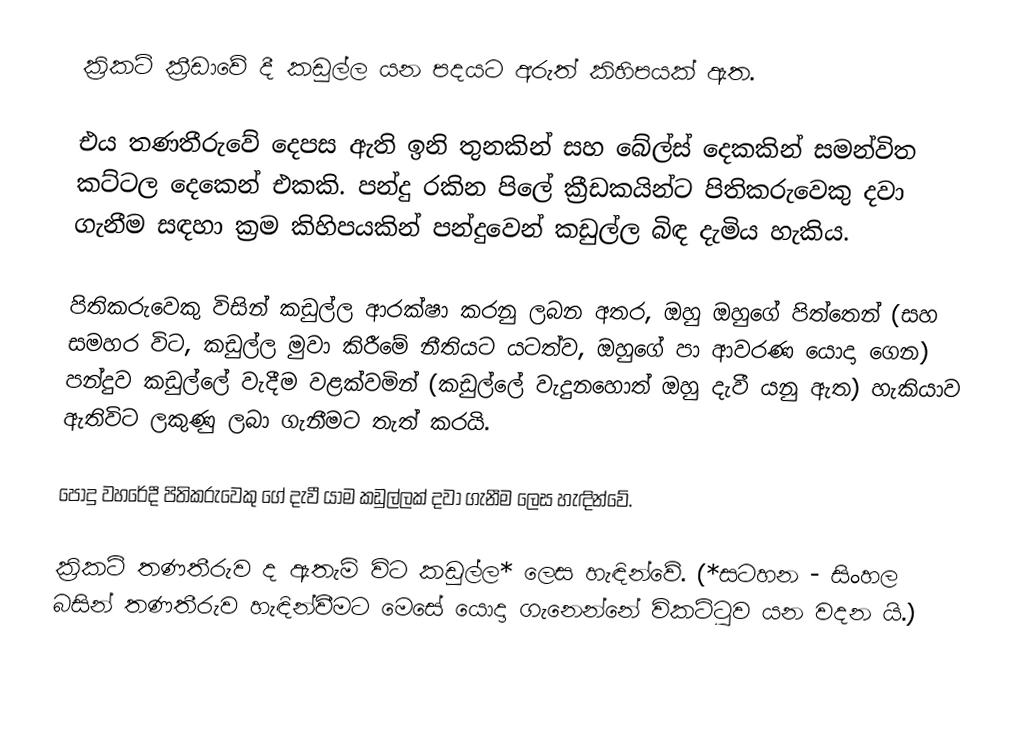
ක්‍රිකට් ක්‍රීඩාවේ දී කඩුල්ල යන පදයට අරුත් කිහිපයක් ඇත.

එය තණතීරුවේ දෙපස ඇති ඉනි තුනකින් සහ බේල්ස් දෙකකින් සමන්විත කට්ටල දෙකෙන් එකකි. පන්දු රකින පිලේ ක්‍රීඩකයින්ට පිතිකරුවෙකු දවා ගැනීම සඳහා ක්‍රම කිහිපයකින් පන්දුවෙන් කඩුල්ල බිඳ දැමිය හැකිය.

පිතිකරුවෙකු විසින් කඩුල්ල ආරක්ෂා කරනු ලබන අතර, ඔහු ඔහුගේ පිත්තෙන් (සහ සමහර විට, කඩුල්ල මුවා කිරීමේ නීතියට යටත්ව, ඔහුගේ පා ආවරණ යොදා ගෙන) පන්දුව කඩුල්ලේ වැදීම වළක්වමින් (කඩුල්ලේ වැදුනහොත් ඔහු දැවී යනු ඇත) හැකියාව ඇතිවිට ලකුණු ලබා ගැනීමට තැත් කරයි.

පොදු වහරේදී පිතිකරුවෙකු ගේ දැවී යාම කඩුල්ලක් දවා ගැනීම ලෙස හැඳින්වේ.

ක්‍රිකට් තණතීරුව ද ඇතැම් විට කඩුල්ල* ලෙස හැඳින්වේ. (*සටහන - සිංහල බසින් තණතීරුව හැඳින්වීමට මෙසේ යොදා ගැනෙන්නේ විකට්ටුව යන වදන යි.)